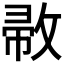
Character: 𢽰